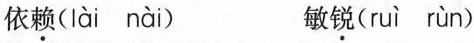
依\underline{赖}( lài nài ) 敏\underline{锐}( ruì rùn )